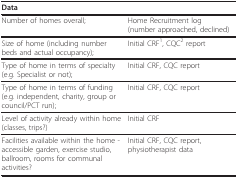
<table><thead><tr><td><b>Data</b></td><td>[EMPTY_CELL]</td></tr></thead><tbody><tr><td>Number of homes overall;</td><td>Home Recruitment log (number approached, declined)</td></tr><tr><td>Size of home (including number beds and actual occupancy);</td><td>Initial CRF<sup>1</sup>, CQC<sup>2 </sup>report</td></tr><tr><td>Type of home in terms of specialty (e.g. Specialist or not);</td><td>Initial CRF, CQC report</td></tr><tr><td>Type of home in terms of funding (e.g. independent, charity, group or council/PCT run);</td><td>Initial CRF, CQC report</td></tr><tr><td>Level of activity already within home (classes, trips?)</td><td>Initial CRF</td></tr><tr><td>Facilities available within the home - accessible garden, exercise studio, ballroom, rooms for communal activities?</td><td>Initial CRF, CQC report, physiotherapist data</td></tr></tbody></table>